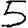
Digit: 5